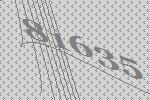
81635